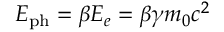
E _ { \mathrm { p h } } = \beta E _ { e } = \beta \gamma m _ { 0 } c ^ { 2 }